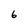
Character: 6